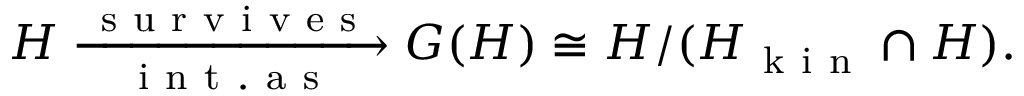
\begin{array} { r } { H \xrightarrow [ \mathrm { ~ i ~ n ~ t ~ . ~ a ~ s ~ } ] { \mathrm { ~ s ~ u ~ r ~ v ~ i ~ v ~ e ~ s ~ } } G ( H ) \cong H / ( H _ { \mathrm { ~ k ~ i ~ n ~ } } \cap H ) . } \end{array}